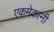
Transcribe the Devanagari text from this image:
एकमेकांनी